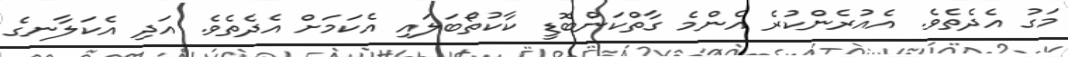
މަގު އެދެތެވެ. އެއުރެންކުރެ އެންމެ ގާތްކަންބޮޑީ ކާކުތޯބަލައި އެކަމަށް އެދެތެވެ. އަދި އެކަލާނގެ